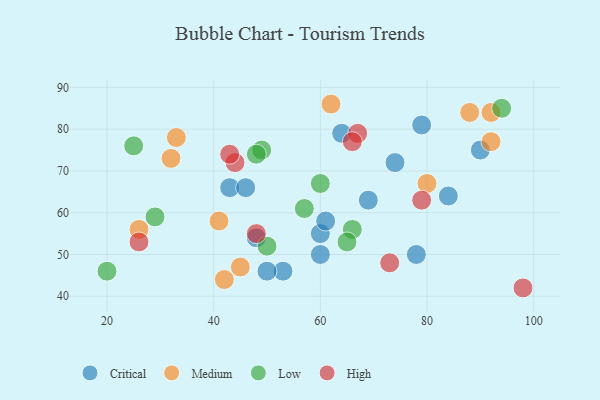
{"axis": {"x": "GDP", "y": "Life Expectancy"}, "legend": ["Critical", "High", "Low", "Medium"], "data": [{"x": "64", "y": 79, "type": "Critical"}, {"x": "43", "y": 66, "type": "Critical"}, {"x": "53", "y": 46, "type": "Critical"}, {"x": "46", "y": 66, "type": "Critical"}, {"x": "74", "y": 72, "type": "Critical"}, {"x": "60", "y": 55, "type": "Critical"}, {"x": "69", "y": 63, "type": "Critical"}, {"x": "90", "y": 75, "type": "Critical"}, {"x": "61", "y": 58, "type": "Critical"}, {"x": "60", "y": 50, "type": "Critical"}, {"x": "50", "y": 46, "type": "Critical"}, {"x": "78", "y": 50, "type": "Critical"}, {"x": "79", "y": 81, "type": "Critical"}, {"x": "84", "y": 64, "type": "Critical"}, {"x": "48", "y": 54, "type": "Critical"}, {"x": "33", "y": 78, "type": "Medium"}, {"x": "26", "y": 56, "type": "Medium"}, {"x": "32", "y": 73, "type": "Medium"}, {"x": "62", "y": 86, "type": "Medium"}, {"x": "88", "y": 84, "type": "Medium"}, {"x": "80", "y": 67, "type": "Medium"}, {"x": "42", "y": 44, "type": "Medium"}, {"x": "92", "y": 84, "type": "Medium"}, {"x": "41", "y": 58, "type": "Medium"}, {"x": "45", "y": 47, "type": "Medium"}, {"x": "92", "y": 77, "type": "Medium"}, {"x": "94", "y": 85, "type": "Low"}, {"x": "49", "y": 75, "type": "Low"}, {"x": "25", "y": 76, "type": "Low"}, {"x": "29", "y": 59, "type": "Low"}, {"x": "20", "y": 46, "type": "Low"}, {"x": "50", "y": 52, "type": "Low"}, {"x": "60", "y": 67, "type": "Low"}, {"x": "66", "y": 56, "type": "Low"}, {"x": "57", "y": 61, "type": "Low"}, {"x": "65", "y": 53, "type": "Low"}, {"x": "48", "y": 74, "type": "Low"}, {"x": "67", "y": 79, "type": "High"}, {"x": "44", "y": 72, "type": "High"}, {"x": "98", "y": 42, "type": "High"}, {"x": "73", "y": 48, "type": "High"}, {"x": "79", "y": 63, "type": "High"}, {"x": "66", "y": 77, "type": "High"}, {"x": "48", "y": 55, "type": "High"}, {"x": "43", "y": 74, "type": "High"}, {"x": "26", "y": 53, "type": "High"}]}